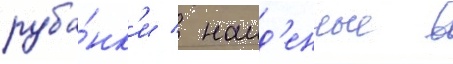
руба́нк'и / наид'енные в